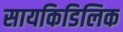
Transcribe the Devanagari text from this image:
सायकिडिलिक